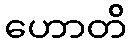
ဟောတိ